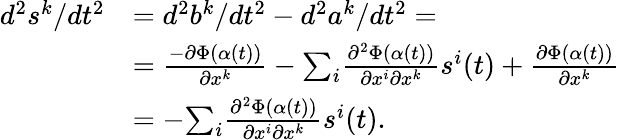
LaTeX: \begin{array}{rl}{d^{2}s^{k}/dt^{2}}&{=d^{2}b^{k}/dt^{2}-d^{2}a^{k}/dt^{2}=}\\ &{=\frac{-\partial\Phi(\alpha(t))}{\partial x^{k}}-{\textstyle\sum_{i}}\frac{\partial^{2}\Phi(\alpha(t))}{\partial x^{i}\partial x^{k}}s^{i}(t)+\frac{\partial\Phi(\alpha(t))}{\partial x^{k}}}\\ &{=-{\textstyle\sum_{i}}\frac{\partial^{2}\Phi(\alpha(t))}{\partial x^{i}\partial x^{k}}s^{i}(t).}\end{array}